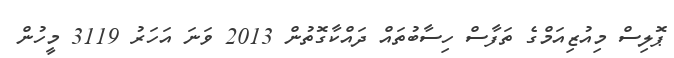
ޕޮލިސް މިއުޒިއަމްގެ ތަފާސް ހިސާބުތައް ދައްކާގޮތުން 2013 ވަނަ އަހަރު 3119 މީހުން